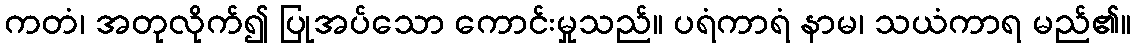
ကတံ၊ အတုလိုက်၍ ပြုအပ်သော ကောင်းမှုသည်။ ပရံကာရံ နာမ၊ သယံကာရ မည်၏။